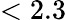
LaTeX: <2.3